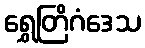
ရွှေတြိဂံဒေသ